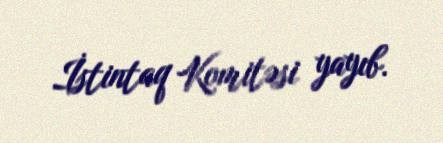
İstintaq Komitəsi yayıb.